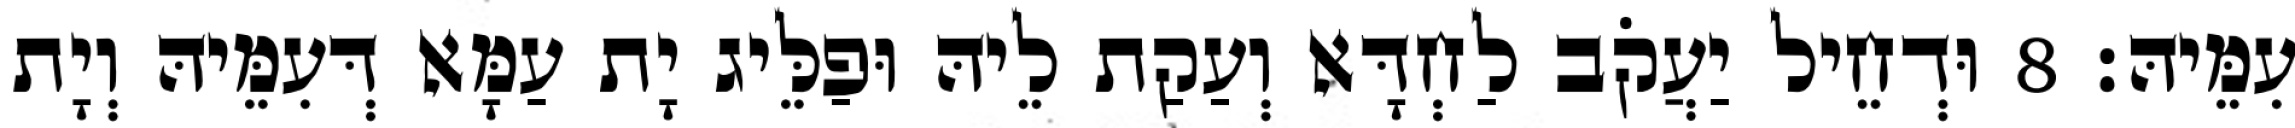
עִמֵּיהּ׃ 8 וּדְחֵיל יַעֲקֹב לַחְדָּא וְעַקַת לֵיהּ וּפַלֵּיג יָת עַמָּא דְּעִמֵּיהּ וְיָת